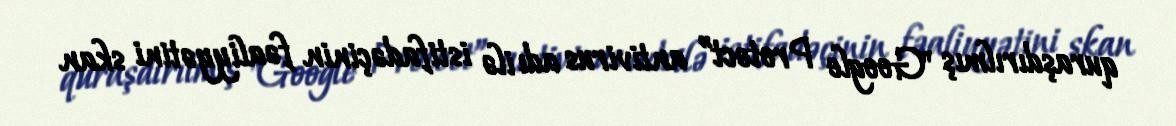
quraşdırılmış "Google Protect” antivirus adı ilə istifadəçinin fəaliyyətini skan